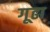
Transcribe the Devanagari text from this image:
गूढा